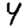
Digit: 4